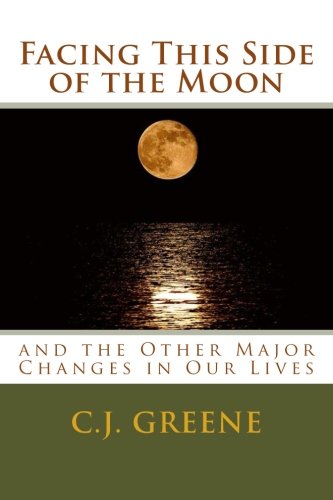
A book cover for Facing This Side of the Moon: and the Other Major Changes in Our Lives; Ms. C.J. Greene; Parenting & Relationships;